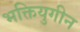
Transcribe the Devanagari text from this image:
भक्तियुगीन